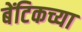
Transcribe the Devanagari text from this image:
बेंटिकच्या